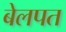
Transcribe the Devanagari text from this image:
बेलपत